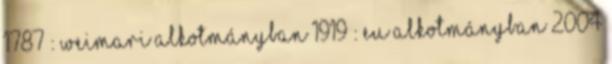
1787 : Weimari alkotmányban 1919 : EU Alkotmányban 2004